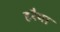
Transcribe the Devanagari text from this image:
हरैया